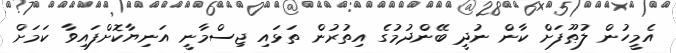
އެމީހުން ލުޠޫފަށް ކާން ނުދީ ބޭންދުމުގެ އިތުރުން ތަޅައި ޖިސްމާނީ އަނިޔާކޮށްފައިވާ ކަމަށް